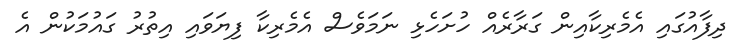
ދިފާއުގައި އެމެރިކާއިން ގަރާރެއް ހުށަހެޅި ނަމަވެސް އެމެރިކާ ފިޔަވައި އިތުރު ގައުމަކުން އެ